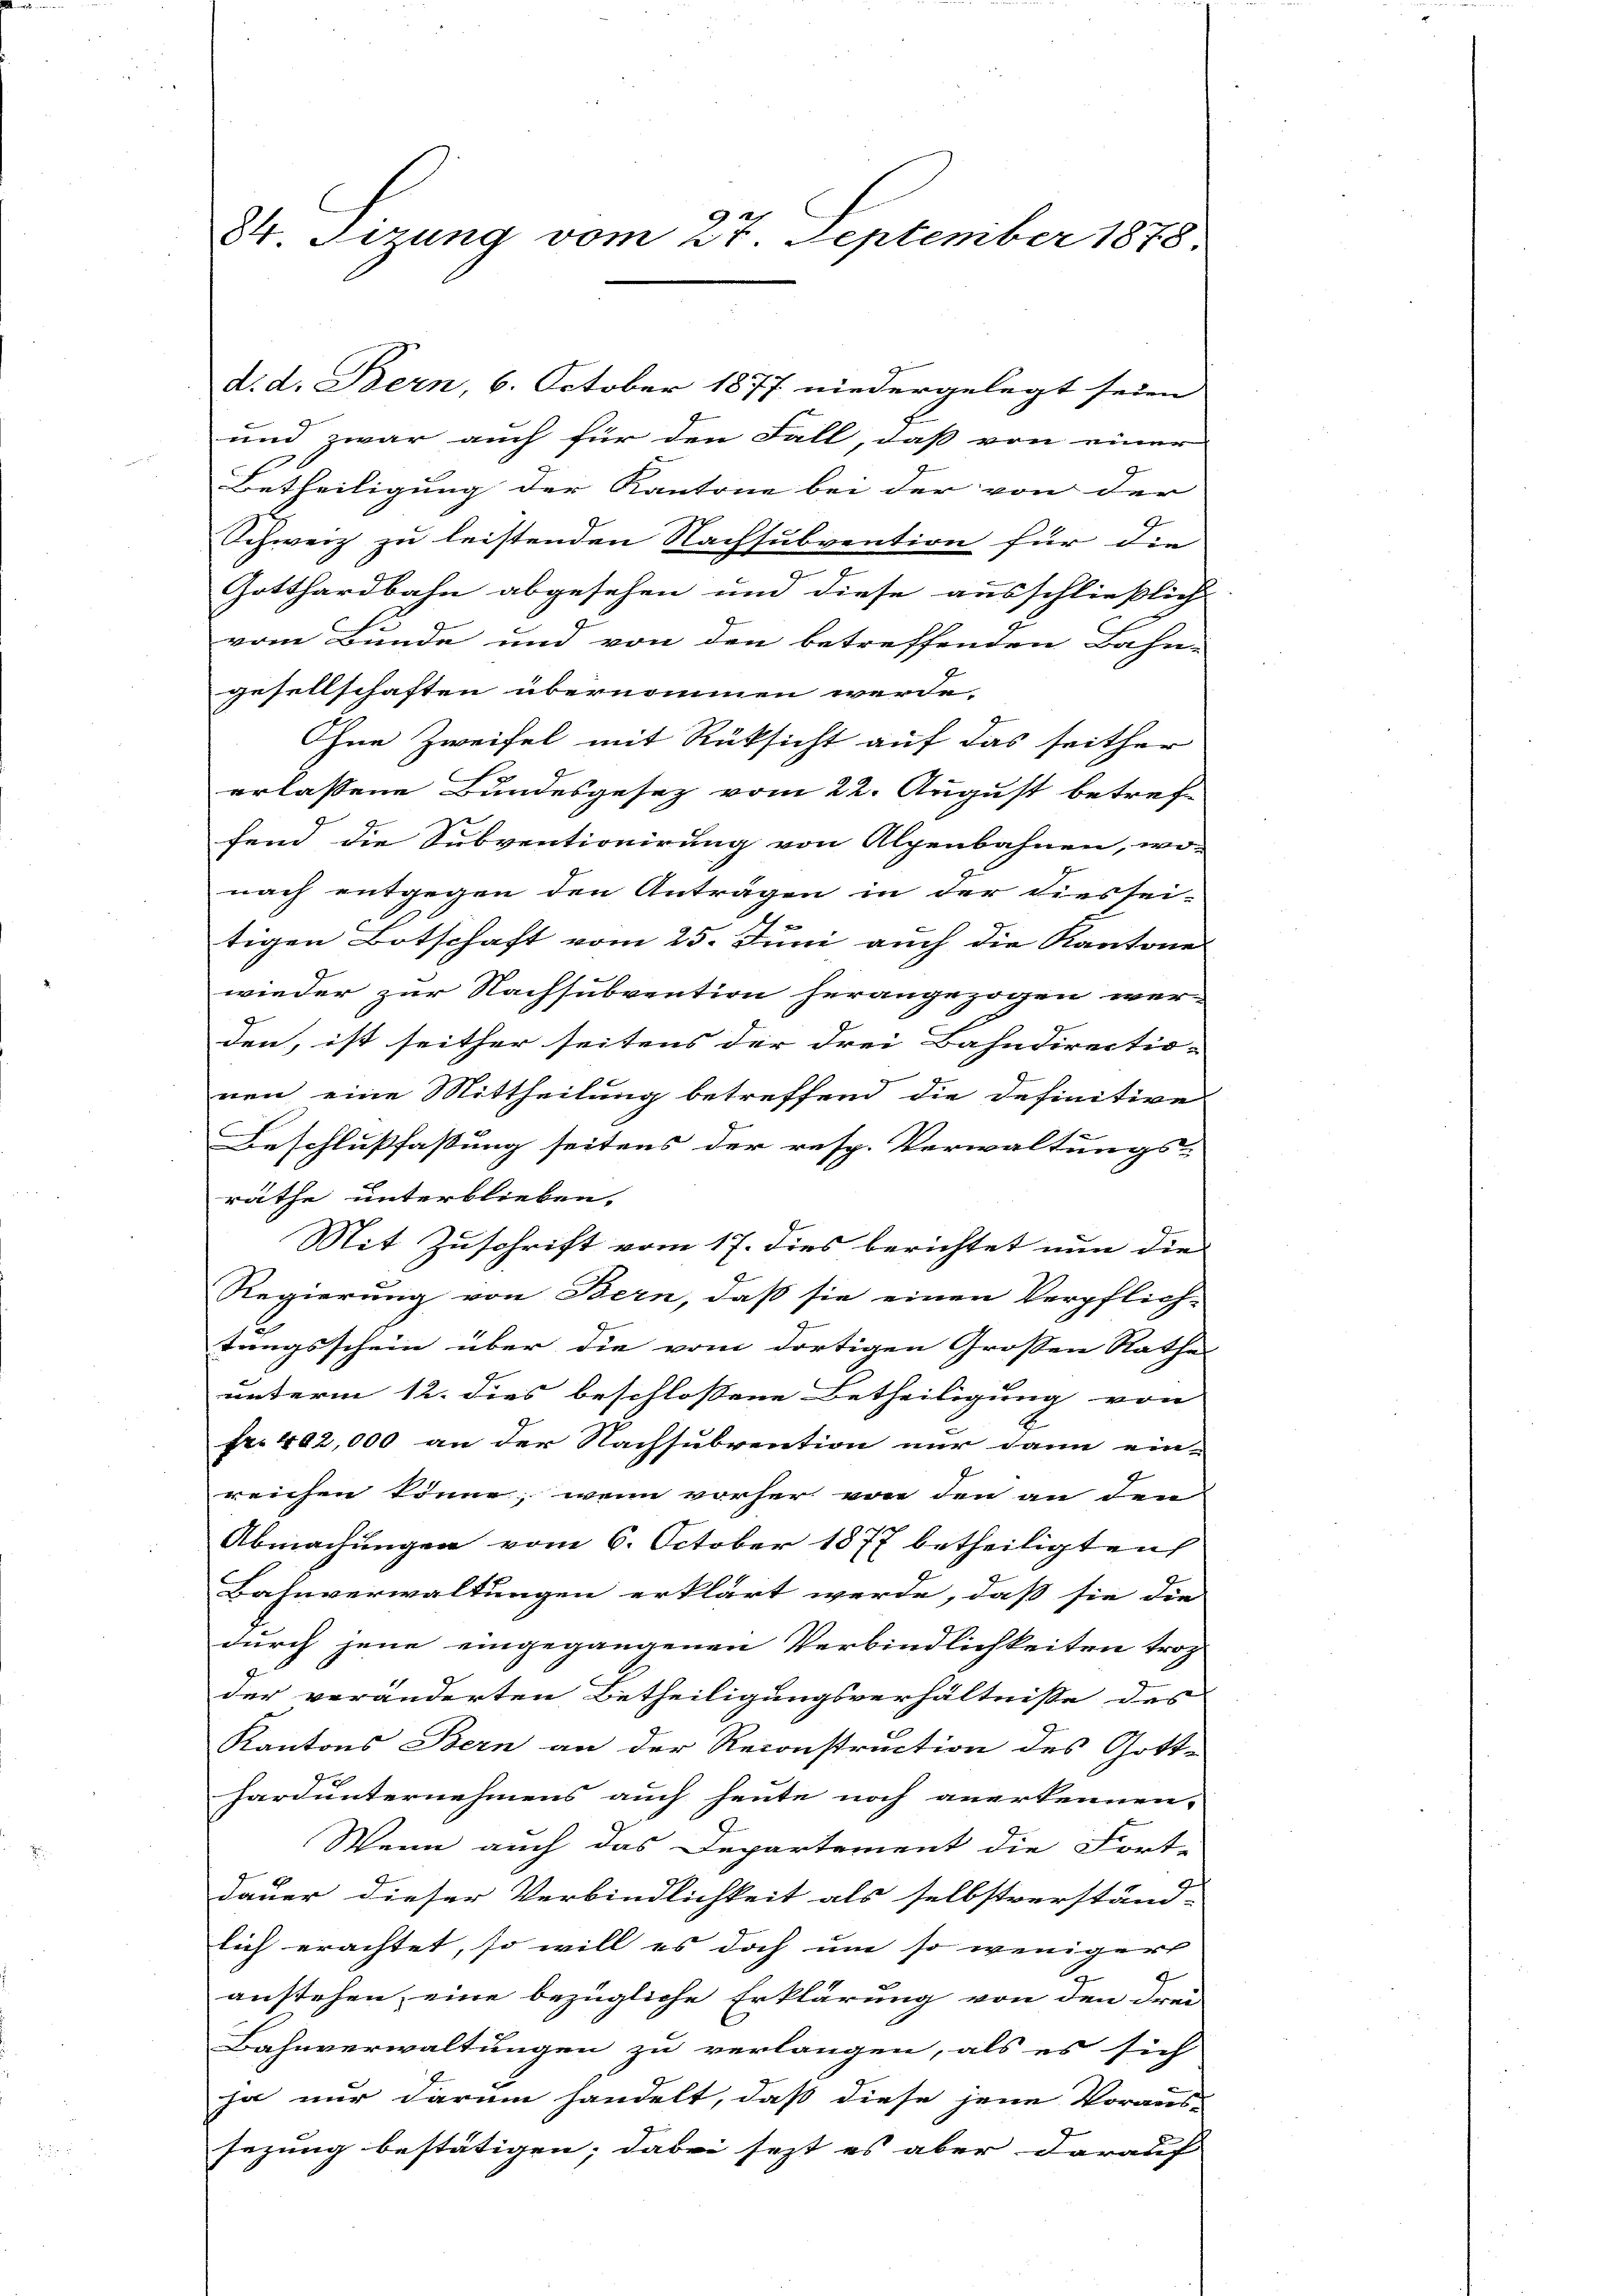
und zwar auch für den Fall, daß von einer
Betheiligung der Kantone bei der von der
Schweiz zu leistenden Nachsubvention für die
.
Gotthardbahn abgesehen und diese ausschließlich
vom Bunde und von den betreffenden Bahn-
gesellschaften übernommen werde,
Ohne Zweifel mit Rüksicht auf das seither
erlassene Bundesgesez vom 22. August betref-
fend die Subventionirung von Alpenbahnen, wo-
nach entgegen den Anträgen in der diessei-
tigen Botschaft vom 25. Juni auch die Kantone
wieder zur Nachsubvention herangezogen wer-
den, ist seither seitens der drei Bahndirectio- |
nen eine Mittheilung betreffend die definitive
Beschlußfassung seitens der resp. Verwaltungs-
räthe unterblieben.
Mit Zuschrift vom 17. dies berichtet nun die
Regierung von Bern, daß sie einen Verpflich-
f
tungsschein über die vom dortigen Großen Rathe
unterm 12. dies beschlossene Betheiligung von
Fr. 402,000 an der Nachsubvention nur dann ein-
reichen könne, wenn vorher von den an den
Abmachungen vom 6. October 1877 betheiligten
Bahnverwaltungen erklärt werde, daß sie die
durch jene eingegangenen Verbindlichkeiten trotz
der veränderten Betheiligungsverhältnisse des
Kantons Bern an der Reconstruction des Gott-
hardunternehmens auch heute noch anerkennen.
Wenn auch das Departement die Fort-
Dauer dieser Verbindlichkeit als selbstverständ-
lich erachtet, so will es doch um so wenigers
anstehen, eine bezügliche Erklärung von den Frei-
Bahnverwaltungen zu verlangen, als es sich
ja nur darum handelt, daß diese jene Voraus-
sezung bestätigen; dabei fest es aber darauf

84. Sizung vom 27. September 1878

d. d. Bern, 6. October 1877 niedergelegt seien

2.